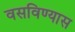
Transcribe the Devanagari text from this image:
वसविण्यास